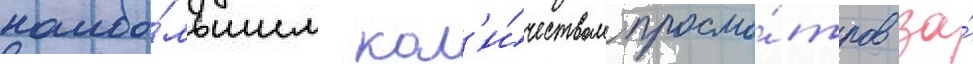
наибо́льшим кол'и́чеством просмо́тров за́